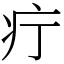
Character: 疔